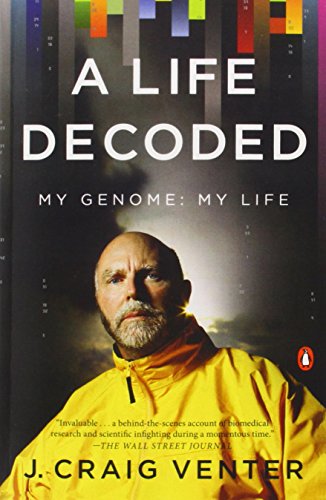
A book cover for A Life Decoded: My Genome: My Life; J. Craig Venter; Health, Fitness & Dieting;